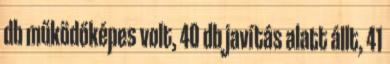
db működőképes volt, 40 db javítás alatt állt, 41